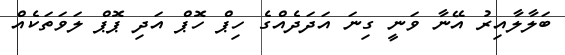
ބަލާލާއިރު އޭނާ ވަނީ ގިނަ އަދަދެއްގެ ހިޕް ހޮޕް އަދި ޕޮޕް ލަވަތަކެއް